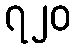
၇၂၀